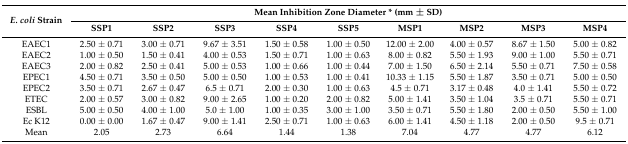
<table><thead><tr><td rowspan="2"><b><i>E. coli</i> Strain</b></td><td colspan="9"><b>Mean Inhibition Zone Diameter * (mm ± SD)</b></td></tr><tr><td><b>SSP1</b></td><td><b>SSP2</b></td><td><b>SSP3</b></td><td><b>SSP4</b></td><td><b>SSP5</b></td><td><b>MSP1</b></td><td><b>MSP2</b></td><td><b>MSP3</b></td><td><b>MSP4</b></td></tr></thead><tbody><tr><td>EAEC1</td><td>2.50 ± 0.71</td><td>3.00 ± 0.71</td><td>9.67 ± 3.51</td><td>1.50 ± 0.58</td><td>1.00 ± 0.50</td><td>12.00 ± 2.00</td><td>4.00 ± 0.57</td><td>8.67 ± 1.50</td><td>5.00 ± 0.82</td></tr><tr><td>EAEC2</td><td>1.00 ± 0.50</td><td>1.50 ± 0.41</td><td>4.00 ± 0.53</td><td>1.50 ± 0.71</td><td>1.00 ± 0.63</td><td>8.00 ± 0.82</td><td>5.50 ± 1.93</td><td>9.00 ± 1.00</td><td>5.50 ± 0.71</td></tr><tr><td>EAEC3</td><td>2.00 ± 0.82</td><td>2.50 ± 0.41</td><td>5.00 ± 0.53</td><td>1.00 ± 0.66</td><td>1.00 ± 0.44</td><td>7.00 ± 1.50</td><td>6.50 ± 2.14</td><td>5.50 ± 0.71</td><td>7.50 ± 0.58</td></tr><tr><td>EPEC1</td><td>4.50 ± 0.71</td><td>3.50 ± 0.50</td><td>5.00 ± 0.50</td><td>1.00 ± 0.53</td><td>1.00 ± 0.41</td><td>10.33 ± 1.15</td><td>5.50 ± 1.87</td><td>3.50 ± 0.71</td><td>5.00 ± 0.50</td></tr><tr><td>EPEC2</td><td>3.50 ± 0.71</td><td>2.67 ± 0.47</td><td>6.5 ± 0.71</td><td>2.00 ± 0.30</td><td>1.00 ± 0.63</td><td>4.5 ± 0.71</td><td>3.17 ± 0.48</td><td>4.0 ± 1.41</td><td>5.50 ± 0.72</td></tr><tr><td>ETEC</td><td>2.00 ± 0.57</td><td>3.00 ± 0.82</td><td>9.00 ± 2.65</td><td>1.00 ± 0.20</td><td>2.00 ± 0.82</td><td>5.00 ± 1.41</td><td>3.50 ± 1.04</td><td>3.5 ± 0.71</td><td>5.50 ± 0.71</td></tr><tr><td>ESBL</td><td>5.00 ± 0.50</td><td>4.00 ± 1.00</td><td>5.0 ± 1.00</td><td>1.00 ± 0.35</td><td>3.00 ± 1.00</td><td>3.50 ± 0.71</td><td>5.50 ± 1.80</td><td>2.00 ± 0.50</td><td>5.50 ± 1.00</td></tr><tr><td>Ec K12</td><td>0.00 ± 0.00</td><td>1.67 ± 0.47</td><td>9.00 ± 1.41</td><td>2.50 ± 0.71</td><td>1.00 ± 0.63</td><td>6.00 ± 1.41</td><td>4.50 ± 1.18</td><td>2.00 ± 0.50</td><td>9.5 ± 0.71</td></tr><tr><td>Mean</td><td>2.05</td><td>2.73</td><td>6.64</td><td>1.44</td><td>1.38</td><td>7.04</td><td>4.77</td><td>4.77</td><td>6.12</td></tr></tbody></table>